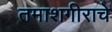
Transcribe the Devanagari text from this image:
तमाशगीराचे